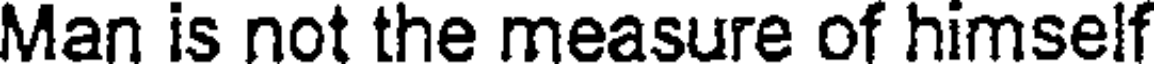
Man is not the measure of himself